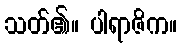
သတ်၏။ ပါရာဇိက။